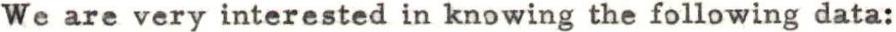
We are very interested in knowing the following data: